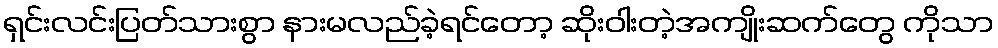
ရှင်းလင်းပြတ်သားစွာ နားမလည်ခဲ့ရင်တော့ ဆိုးဝါးတဲ့အကျိုးဆက်တွေ ကိုသာ